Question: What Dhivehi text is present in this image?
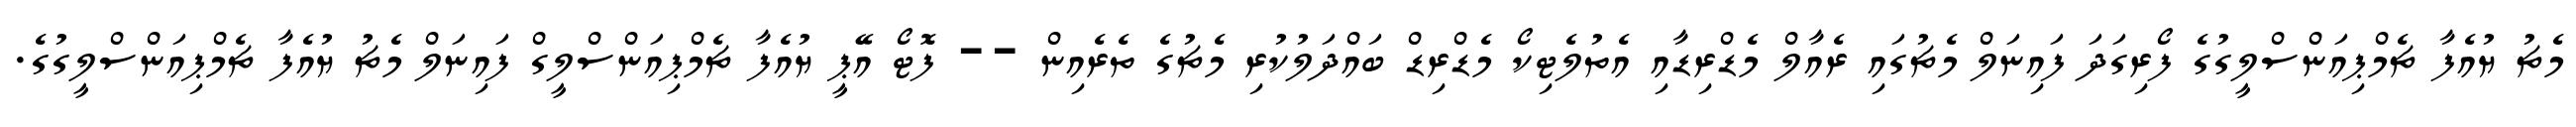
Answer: މެޗު ޔުއެފާ ޗެމްޕިއަންސްލީގުގެ ފޯރިގަދަ ފައިނަލް މެޗުގައި ރެއާލް މެޑްރިޑާއި އެތުލެޓިކޯ މެޑްރިޑް ބައްދަލުކުރި މެޗުގެ ތެރެއިން -- ފޮޓޯ އޭޕީ ޔުއެފާ ޗެމްޕިއަންސްލީގް ފައިނަލް މެޗު ޔުއެފާ ޗެމްޕިއަންސްލީގުގެ.